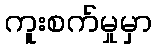
ကူးစက်မှုမှာ